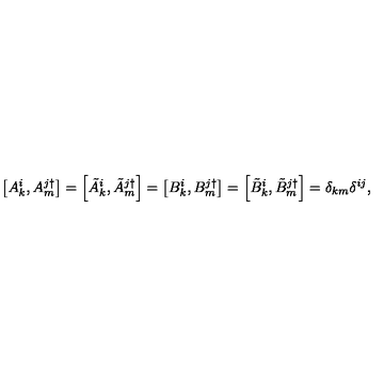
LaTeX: \left[ A _ { k } ^ { i } , A _ { m } ^ { j \dagger } \right] = \left[ \tilde { A } _ { k } ^ { i } , \tilde { A } _ { m } ^ { j \dagger } \right] = \left[ B _ { k } ^ { i } , B _ { m } ^ { j \dagger } \right] = \left[ \tilde { B } _ { k } ^ { i } , \tilde { B } _ { m } ^ { j \dagger } \right] = \delta _ { k m } \delta ^ { i j } ,